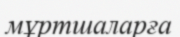
мұртшаларға